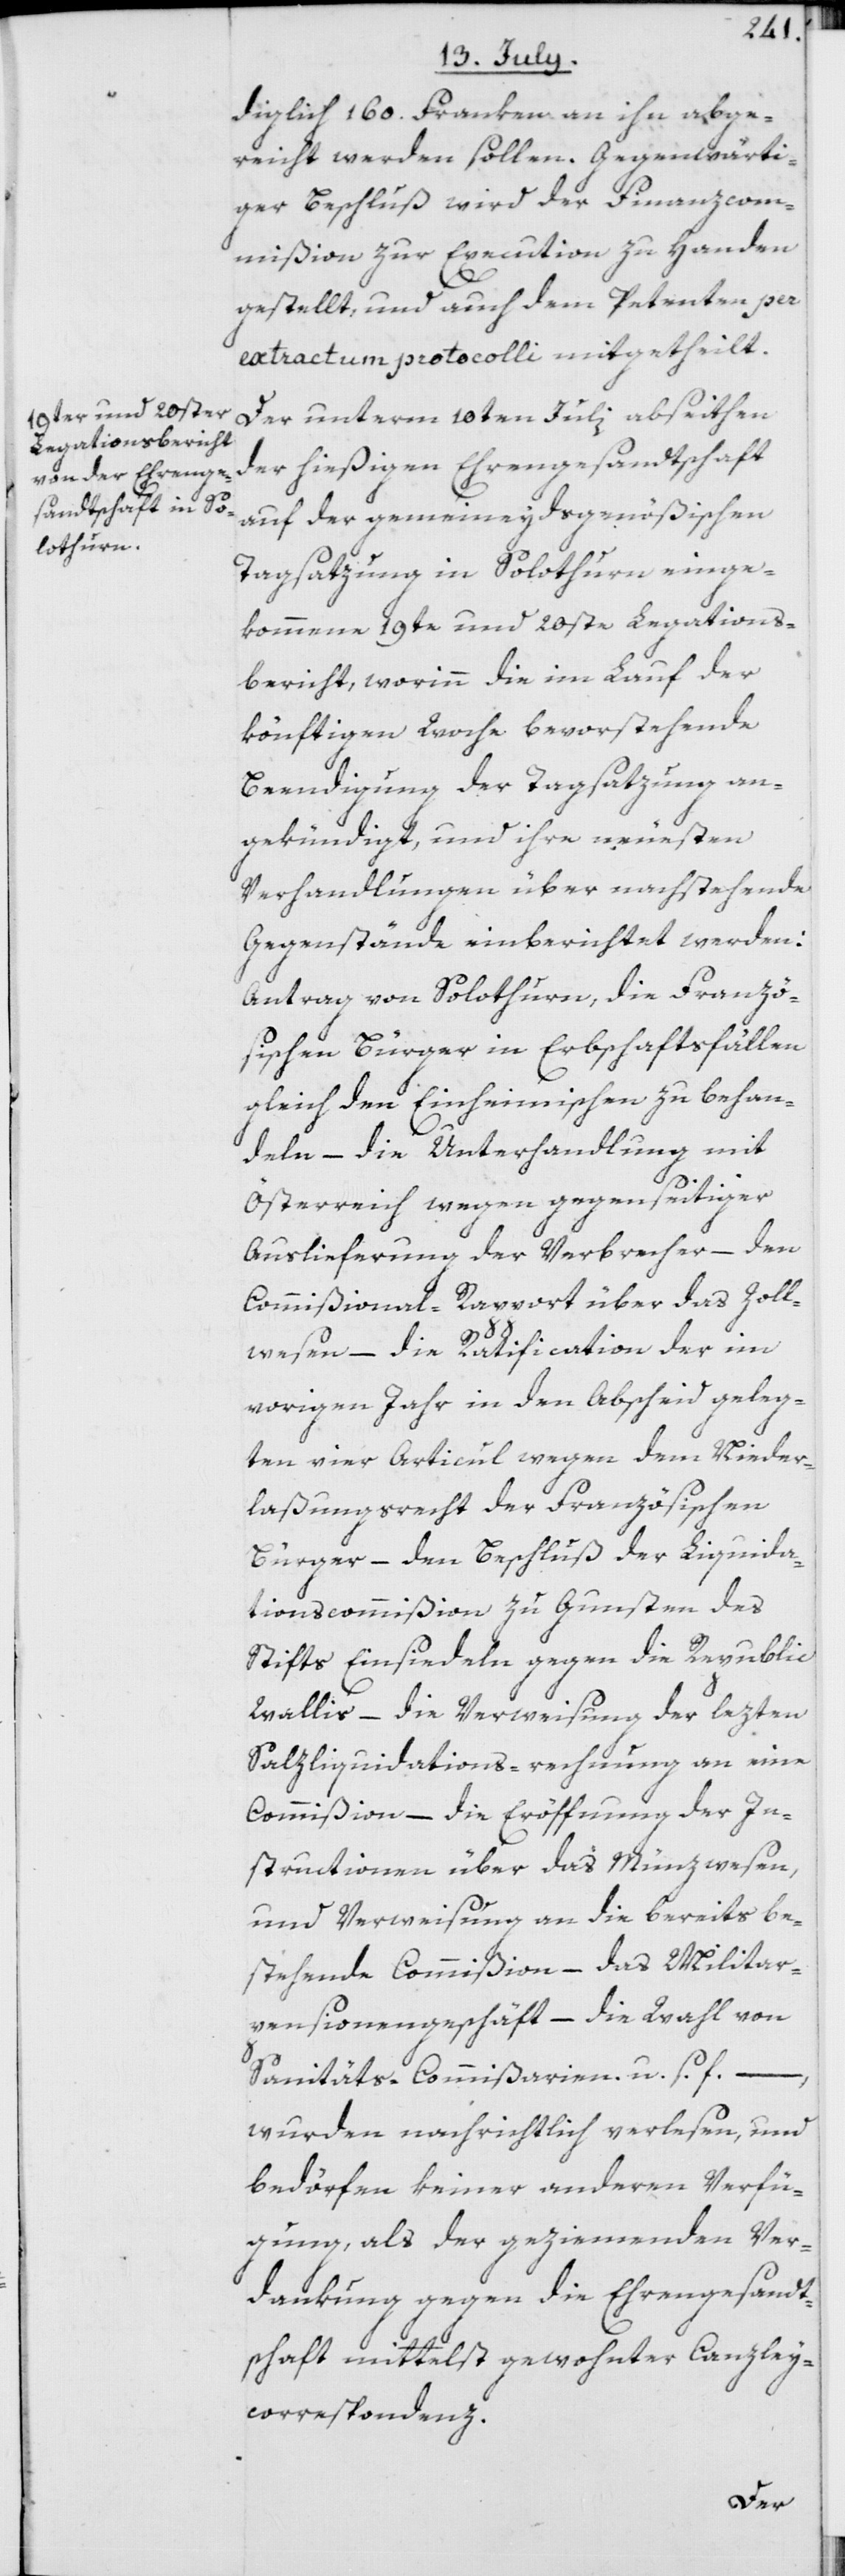
diglich 160. Franken an ihn abge¬
reicht werden sollen. Gegenwärti¬
ger Beschluß wird der Finanzcom¬
mißion zur Execution zu Handen
gestellt, und auch dem Petenten per
extractum protocolli mitgetheilt.
Der unterm 10ten Juli abseithen
der hießigen Ehrengesandtschaft
auf der gemeineydsgenößischen
Tagsatzung in Solothurn einge¬
kommene 19te und 20ste Legations¬
bericht, worinn die im Lauf der
könftigen Woche bevorstehende
Beendigung der Tagsatzung an¬
gekündigt, und ihre neuesten
Verhandlungen über nachstehende
Gegenstände einberichtet werden:
Antrag von Solothurn, die Franzö¬
sischen Bürger in Erbschaftsfällen
gleich den Einheimischen zu behan¬
deln – die Unterhandlung mit
Österreich wegen gegenseitiger
Auslieferung der Verbrecher – den
Commißional-Rapport über das Zoll¬
wesen – die Ratification der im
vorigen Jahr in den Abscheid geleg¬
ten vier Articul wegen dem Nieder¬
laßungsrecht der Französischen
Bürger – den Beschluß der Liquida¬
tionscommißion zu Gunsten des
Stifts Einsiedeln gegen die Republic
Wallis – die Verweisung der lezten
Salzliquidations-rechnung an eine
Commißion – die Eröffnung der In¬
structionen über das Münzwesen,
und Verweisung an die bereits be¬
stehende Commißion – das Militar¬
pensionengeschäft – die Wahl von
Sanitäts-Commißarien u. s. f. –,
wurden nachrichtlich verlesen, und
bedörfen keiner anderen Verfü¬
gung, als der geziemenden Ver¬
dankung gegen die Ehrengesandt¬
schaft mittelst gewohnter Canzley¬
correspondenz.